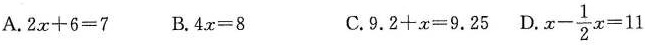
A.$$2x+6=7$$ B.$$4x=8$$ C.$$9.2+x=9.25$$ D.$$x- \frac{1}{2}x=11$$